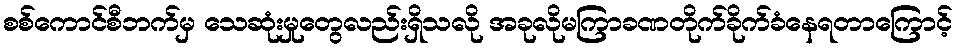
စစ်ကောင်စီဘက်မှ သေဆုံးမှုတွေလည်းရှိသလို အခုလိုမကြာခဏတိုက်ခိုက်ခံနေရတာကြောင့်